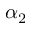
\alpha _ { 2 }